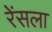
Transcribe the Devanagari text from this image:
रेंसला